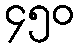
၄၅၀